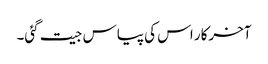
آخرکار اس کی پیاس جیت گئی۔